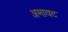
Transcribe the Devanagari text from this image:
अमावट